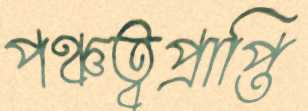
পঞ্চত্বপ্রাপ্তি